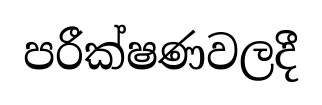
පරීක්ෂණවලදී